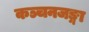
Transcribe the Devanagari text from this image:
कञ्चनजङ्गा